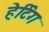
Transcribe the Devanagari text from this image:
हेर्टिग